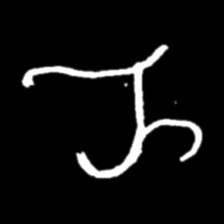
Pyu character \u2014 Myanmar letter: ည (romanized: nya)